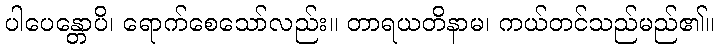
ပါပေန္တောပိ၊ ရောက်စေသော်လည်း။ တာရယတိနာမ၊ ကယ်တင်သည်မည်၏။